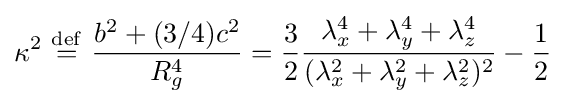
\kappa ^{2}\ {\stackrel {\mathrm {def} }{=}}\ {\frac {b^{2}+(3/4)c^{2}}{R_{g}^{4}}}={\frac {3}{2}}{\frac {\lambda _{x}^{4}+\lambda _{y}^{4}+\lambda _{z}^{4}}{(\lambda _{x}^{2}+\lambda _{y}^{2}+\lambda _{z}^{2})^{2}}}-{\frac {1}{2}}